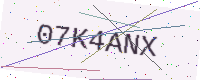
Text: 07K4ANX